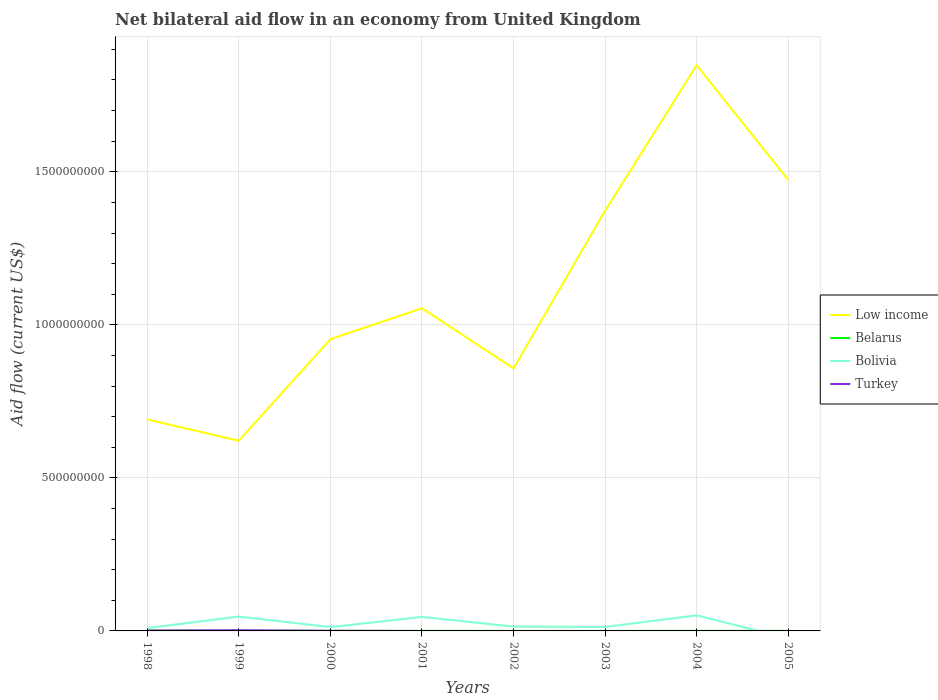
| Years | Low income | Belarus | Bolivia | Turkey |
 | --- | --- | --- | --- | --- |
 | 1998 | 6.91e+08 | 8e+05 | 9.27e+06 | 1.27e+06 |
 | 1999 | 6.21e+08 | 5.8e+05 | 4.70e+07 | 2.3e+06 |
 | 2000 | 9.53e+08 | 2.1e+05 | 1.26e+07 | 5.4e+05 |
 | 2001 | 1.05e+09 | 1.3e+05 | 4.56e+07 | -2.2e+05 |
 | 2002 | 8.58e+08 | 9e+04 | 1.42e+07 | -7.1e+05 |
 | 2003 | 1.37e+09 | 7e+04 | 1.31e+07 | -1.85e+06 |
 | 2004 | 1.85e+09 | 2e+05 | 5.08e+07 | -3.7e+06 |
 | 2005 | 1.47e+09 | 1.1e+05 | -2.43e+07 | -1.07e+06 |